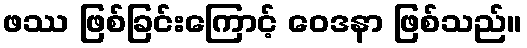
ဖဿ ဖြစ်ခြင်းကြောင့် ဝေဒနာ ဖြစ်သည်။